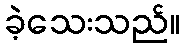
ခဲ့သေးသည်။